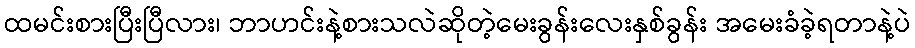
ထမင်းစားပြီးပြီလား၊ ဘာဟင်းနဲ့စားသလဲဆိုတဲ့မေးခွန်းလေးနှစ်ခွန်း အမေးခံခဲ့ရတာနဲ့ပဲ